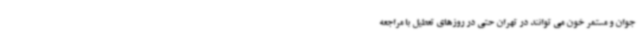
جوان و مستمر خون می توانند در تهران حتی در روزهای تعطیل با مراجعه